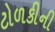
ટોળકીની